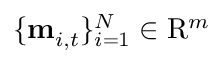
\{ \mathbf { m } _ { i , t } \} _ { i = 1 } ^ { N } \in \mathrm { R } ^ { m }